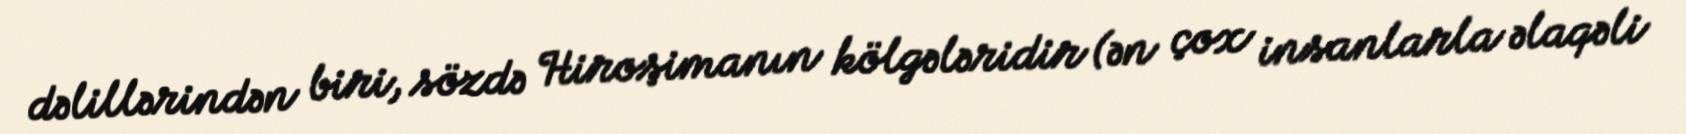
dəlillərindən biri, sözdə Hiroşimanın kölgələridir (ən çox insanlarla əlaqəli